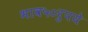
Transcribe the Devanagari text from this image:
भाव५०रुपये